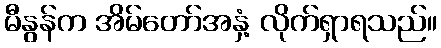
မီနွန်က အိမ်တော်အနှံ့ လိုက်ရှာရသည်။